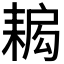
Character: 𦔁